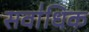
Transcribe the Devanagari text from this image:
सवा॑धिक